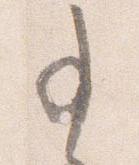
事